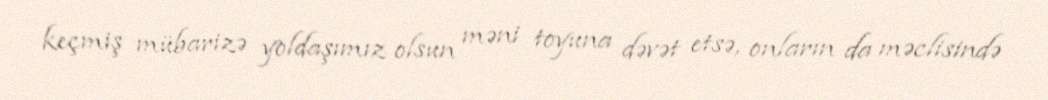
keçmiş mübarizə yoldaşımız olsun məni toyuna dəvət etsə, onların da məclisində